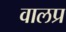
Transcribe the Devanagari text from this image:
वालप्र